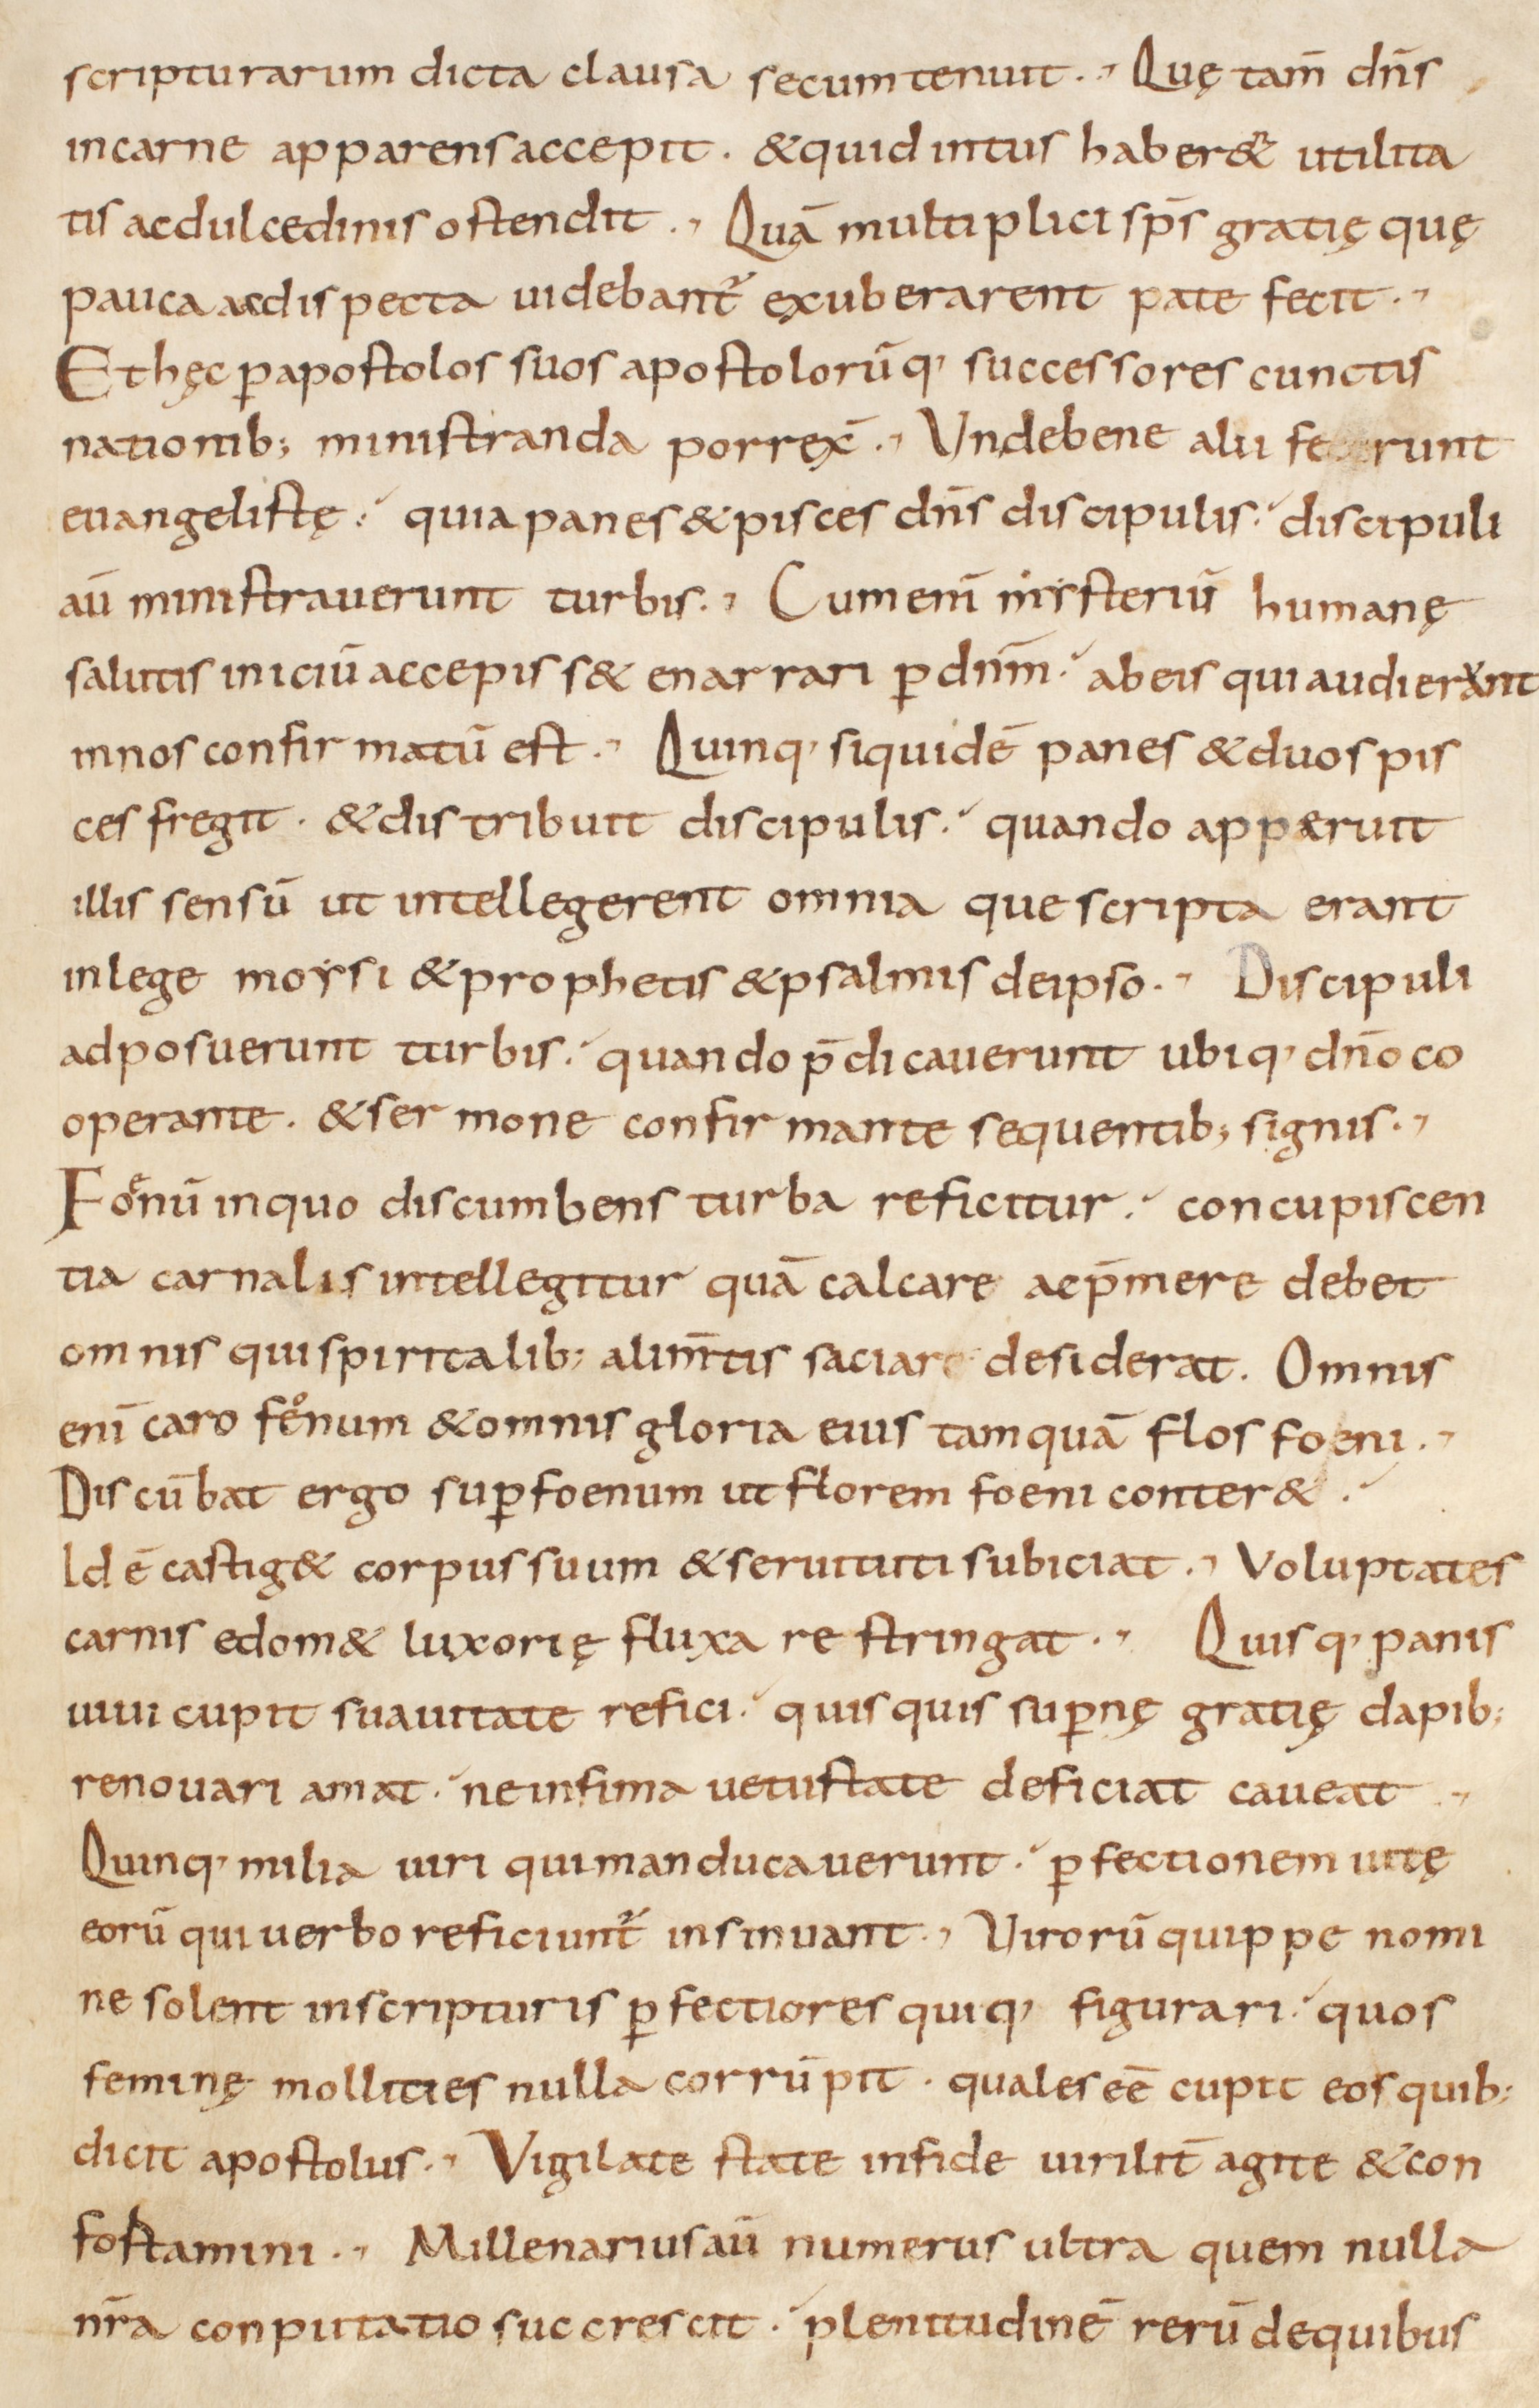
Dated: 800–999